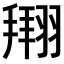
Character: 𫅫